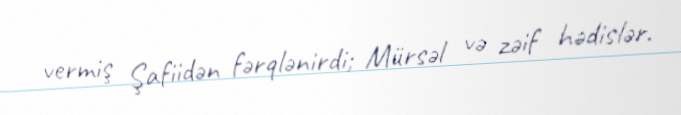
vermiş Şafiidən fərqlənirdi; Mürsəl və zəif hədislər.